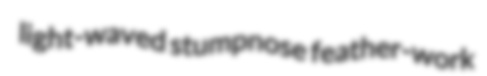
light-waved stumpnose feather-work